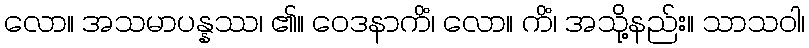
လော။ အသမာပန္နဿ၊ ၏။ ဝေဒနာကိံ၊ လော။ ကိံ၊ အသို့နည်း။ သာသဝါ၊